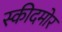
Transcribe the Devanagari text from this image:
स्कीदमोर